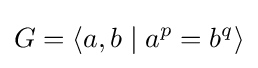
G=\langle a,b\mid a^{p}=b^{q}\rangle